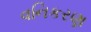
વનિકરણ